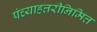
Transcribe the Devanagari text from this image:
पंच्याहत्तरीनिमित्त